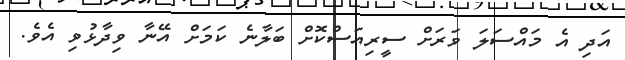
އަދި އެ މައްސަލަ ވަރަށް ސީރިއަސްކޮށް ބަލާނެ ކަމަށް އޭނާ ވިދާޅުވި އެވެ.